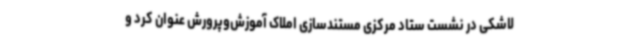
لاشکی در نشست ستاد مرکزی مستندسازی املاک آموزش‌وپرورش عنوان کرد و